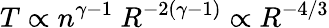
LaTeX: T\propto n^{\gamma-1}~R^{-2(\gamma-1)}\propto R^{-4/3}